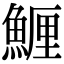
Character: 䱳